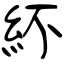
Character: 紑